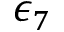
\epsilon _ { 7 }